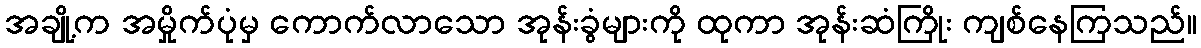
အချို့က အမှိုက်ပုံမှ ကောက်လာသော အုန်းခွံများကို ထုကာ အုန်းဆံကြိုး ကျစ်နေကြသည်။